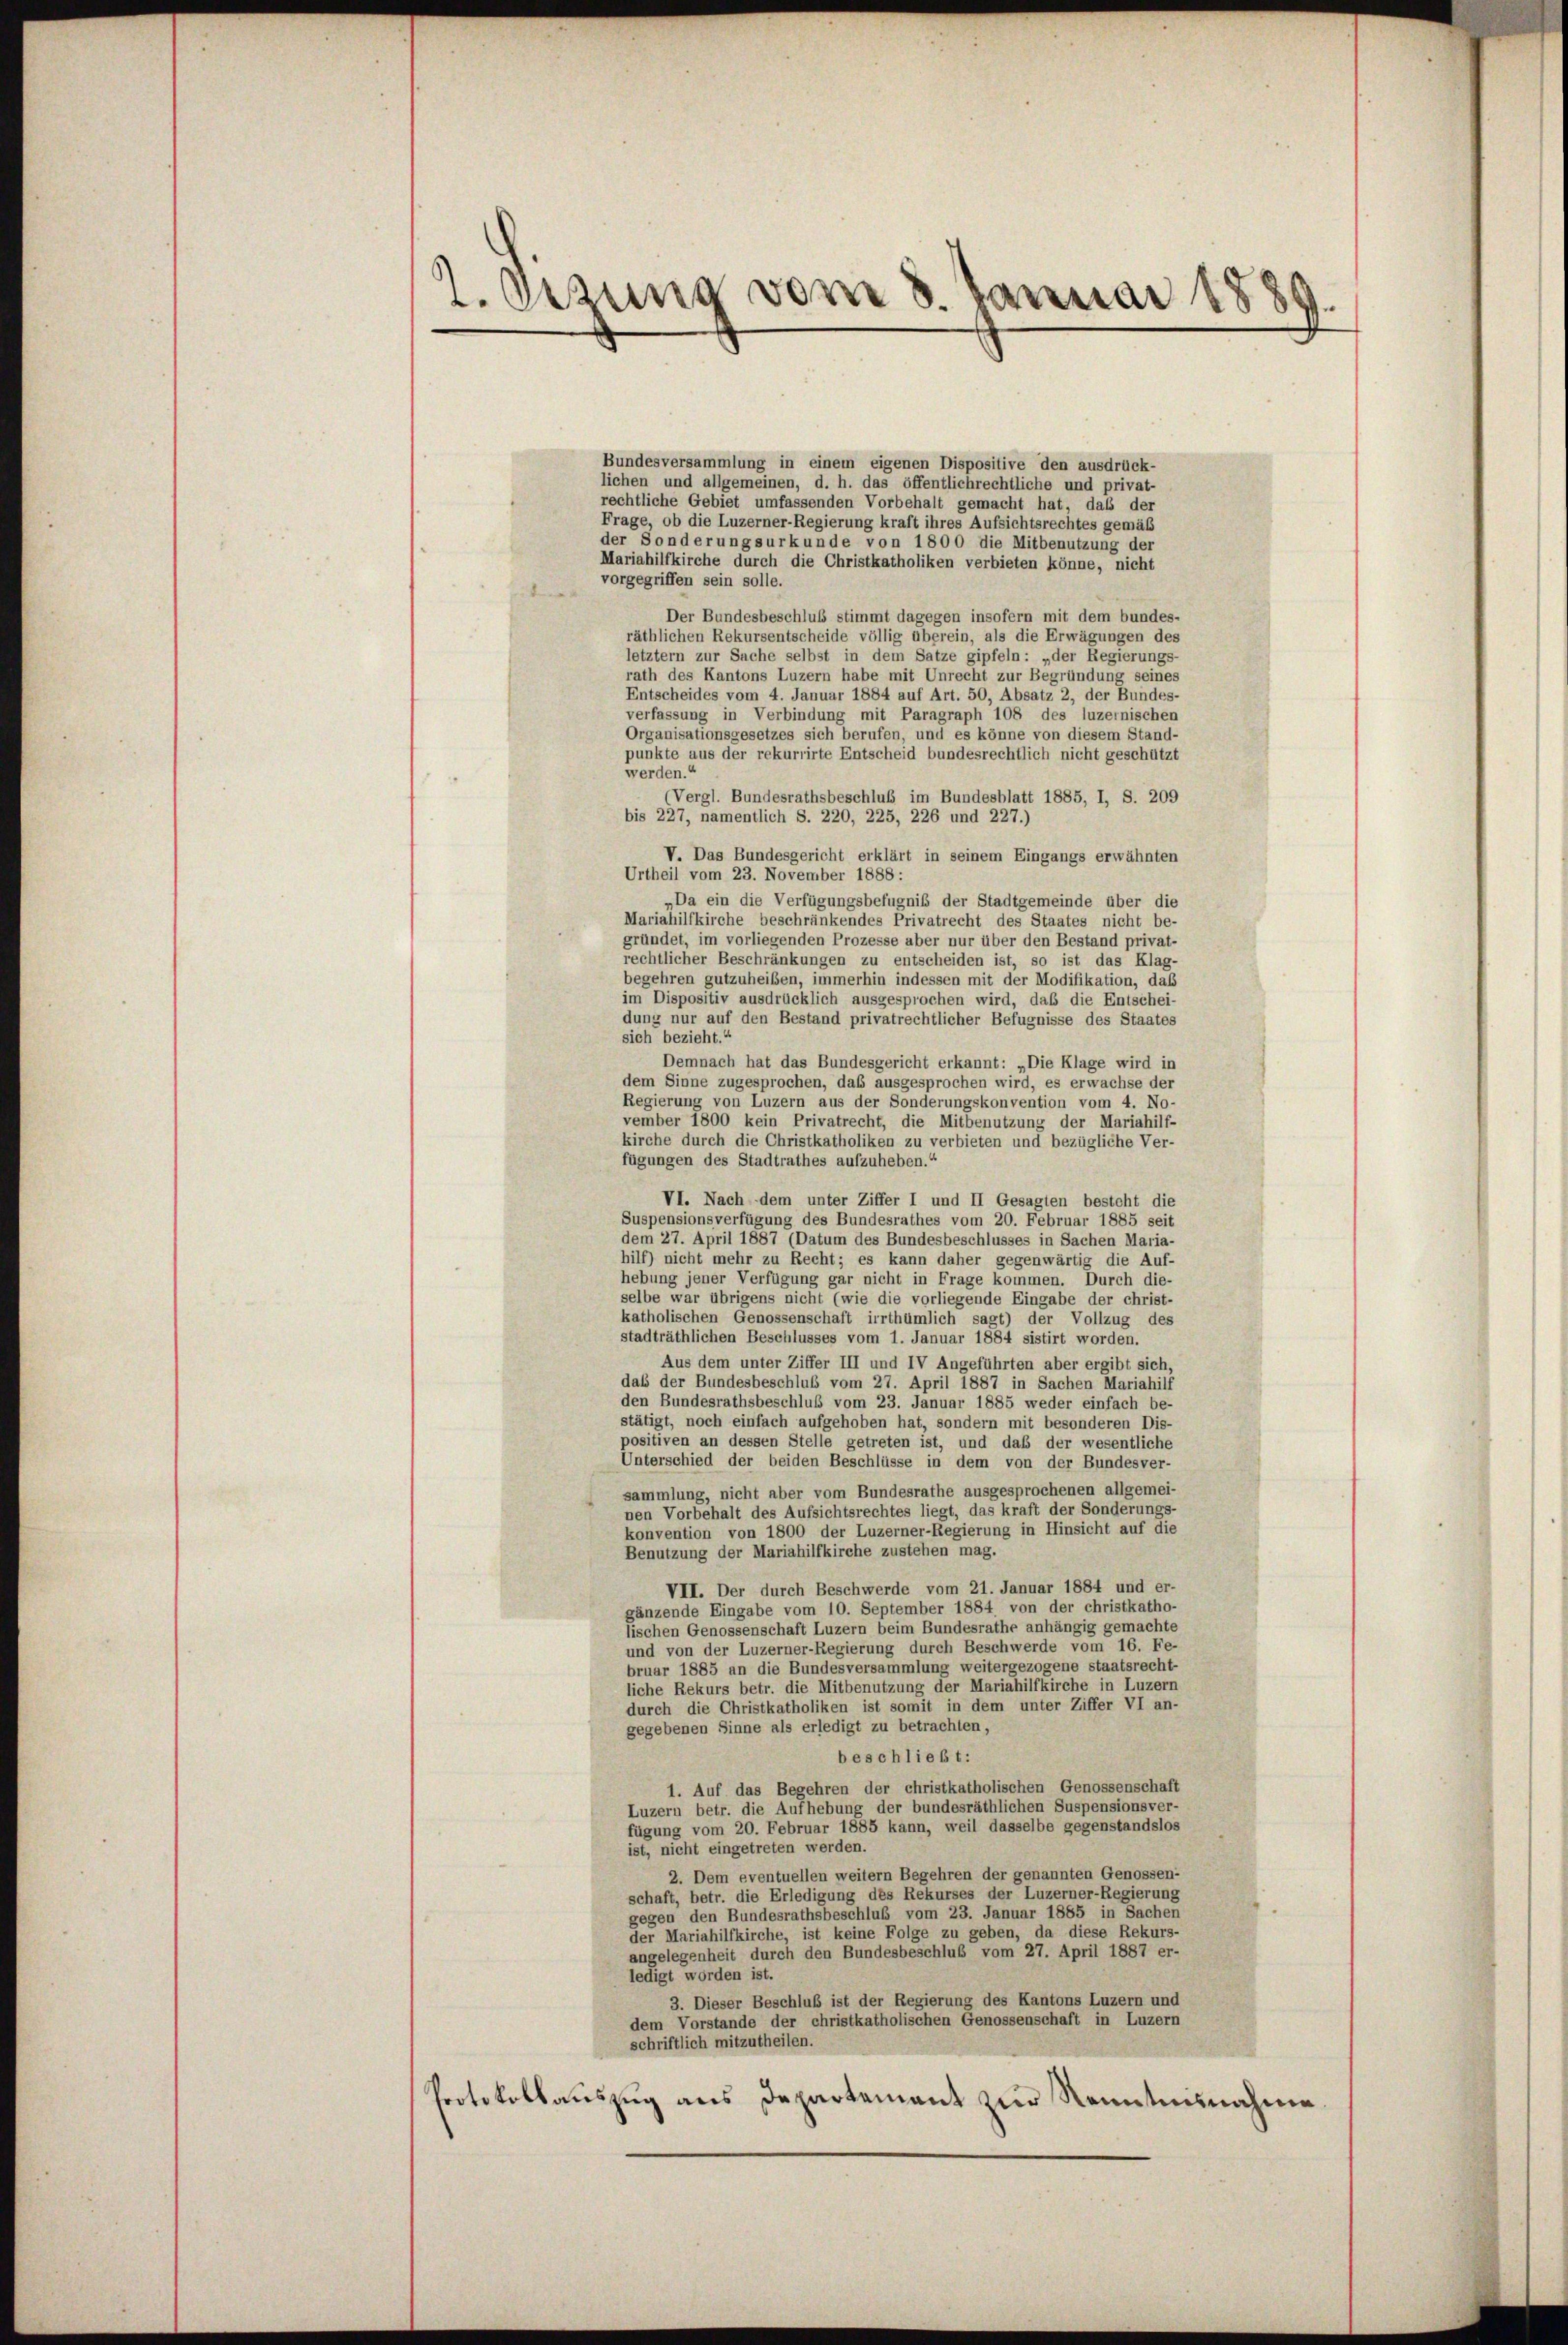
2. Ozung vom 8. Januar 1884.

Bundesversammlung in einem eigenen Dispositive den ausdrück-
lichen und allgemeinen, d. h. das öffentlichrechtliche und privat-
rechtliche Gebiet umfassenden Vorbehalt gemacht hat, daß der
Frage, ob die Luzerner-Regierung kraft ihres Aufsichtsrechtes gemäß
der Sonderungsurkunde von 1800 die Mitbenutzung der
Mariahilfkirche durch die Christkatholiken verbieten könne, nicht
vorgegriffen sein solle.
Der Bundesbeschluß stimmt dagegen insofern mit dem bundes-
räthlichen Rekursentscheide völlig überein, als die Erwägungen des
letztem zur Sache selbst in dem Satze gipfeln: „der Regierungs-
rath des Kantons Luzern habe mit Unrecht zur Begründung seines
Entscheides vom 4. Januar 1884 auf Art. 50, Absatz 2, der Bundes-
verfassung in Verbindung mit Paragraph 108 des luzernischen
Organisationsgesetzes sich berufen, und es könne von diesem Stand-
punkte aus der rekurrirte Entscheid bundesrechtlich nicht geschützt
werden.“
(Vergl. Bundesrathsbeschluß im Bundesblatt 1885, I, S. 209
bis 227, namentlich S. 220, 225, 226 und 227.)
V. Das Bundesgericht erklärt in seinem Eingangs erwähnten
Urtheil vom 23. November 1888 :
„Da ein die Verfügungsbefugniß der Stadtgemeinde über die
Mariahilfkirche beschränkendes Privatrecht des Staates nicht be-
gründet, im vorliegenden Prozesse aber nur über den Bestand privat-
rechtlicher Beschränkungen zu entscheiden ist, so ist das Klag-
begehren gutzuheiben, immerhin indessen mit der Modifikation, daß
im Dispositiv ausdrücklich ausgesprochen wird, daß die Entschei-
dung nur auf den Bestand privatrechtlicher Befugnisse des Staates
sich bezieht.“
Demnach hat das Bundesgericht erkannt: „Die Klage wird in
dem Sinne zugesprochen, das ausgesprochen wird, es erwachse der
Regierung von Luzern aus der Sonderungskonvention vom 4. No-
vember 1800 kein Privatrecht, die Mitbenutzung der Mariahilf-
kirche durch die Christkatholiken zu verbieten und bezügliche Ver-
fügungen des Stadtrathes aufzuheben.“
VI. Nach dem unter Ziffer I und II Gesagten besteht die
Suspensionsverfügung des Bundesrathes vom 20. Februar 1885 seit
dem 27. April 1887 (Datum des Bundesbeschlusses in Sachen Maria-
hilf) nicht mehr zu Recht; es kann daher gegenwärtig die Auf-
hebung jener Verfügung gar nicht in Frage kommen. Durch die-
selbe war übrigens nicht (wie die vorliegende Eingabe der christ-
katholischen Genossenschaft irrthümlich sagt) der Vollzug des
stadträthlichen Beschlusses vom 1. Januar 1884 sistirt worden.
Aus dem unter Ziffer III und IV Angeführten aber ergibt sich,
daß der Bundesbeschluß vom 27. April 1887 in Sachen Mariahilf
den Bundesrathsbeschluß vom 23. Januar 1885 weder einfach be-
stätigt, noch einfach aufgehoben hat, sondern mit besonderen Dis-
positiven an dessen Stelle getreten ist, und daß der wesentliche
Unterschied der beiden Beschlüsse in dem von der Bundesver-
sammlung, nicht aber vom Bundesrathe ausgesprochenen allgemei-
nen Vorbehalt des Aufsichtsrechtes liegt, das kraft der Sonderungs-
konvention von 1800 der Luzerner-Regierung in Hinsicht auf die
Benutzung der Mariahilfkirche zustehen mag.
VII. Der durch Beschwerde vom 21. Januar 1884 und er-
gänzende Eingabe vom 10. September 1884, von der christkatho-
lischen Genossenschaft Luzern beim Bundesrathe anhängig gemachte
und von der Luzerner-Regierung durch Beschwerde vom 16. Fe-
bruar 1885 an die Bundesversammlung weitergezogene staatsrecht-
liche Rekurs betr. die Mitbenutzung der Mariahilfkirche in Luzern
durch die Christkatholiken ist somit in dem unter Ziffer VI an-
gegebenen Sinne als erledigt zu betrachten,
beschließt:
1. Auf das Begehren der christkatholischen Genossenschaft
Luzern betr. die Aufhebung der bundesräthlichen Suspensionsver-
fügung vom 20. Februar 1885 kann, weil dasselbe gegenstandslos
ist, nicht eingetreten werden.
2. Dem eventuellen weitern Begehren der genannten Genossen-
schaft, betr. die Erledigung des Rekurses der Luzerner-Regierung
gegen den Bundesrathsbeschluß vom 23. Januar 1885 in Sachen
der Mariahilfkirche, ist keine Folge zu geben, da diese Rekurs-
angelegenheit durch den Bundesbeschluß vom 27. April 1887 er-
ledigt worden ist.
3. Dieser Beschluß ist der Regierung des Kantons Luzern und
dem Vorstande der christkatholischen Genossenschaft in Luzern
schriftlich mitzutheilen.
Protokollauszug aus Departement zur Kenntnisnahme